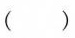
( )